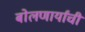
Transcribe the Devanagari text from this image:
बोलणार्यांची